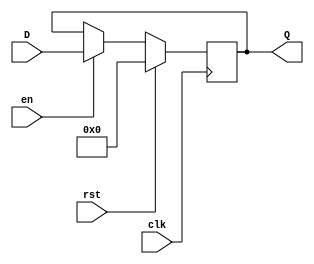
module DFF_wb 
#(  parameter N = 84 )
(
    input   clk,
    input   rst,
    input   en,
    input   [N-1:0] D,
    output reg [N-1:0] Q 
);
initial begin
  Q = {N{1'b0}};
end
always@(posedge clk )
begin
  if(rst)
    Q <= {N{1'b0}};
  else 
    if (en)
    Q <= D;
end

endmodule